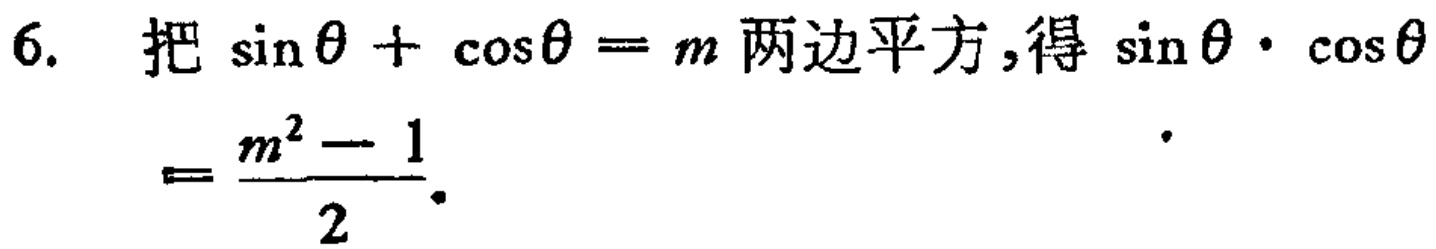
6. 把\(\sin\theta+\cos\theta = m\)两边平方,得\(\sin\theta\cdot\cos\theta=\frac{m^{2}-1}{2}\).